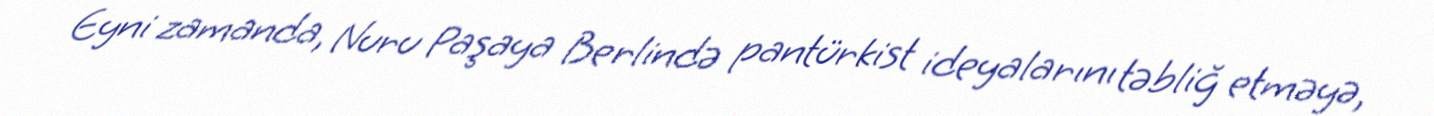
Eyni zamanda, Nuru Paşaya Berlində pantürkist ideyalarını təbliğ etməyə,